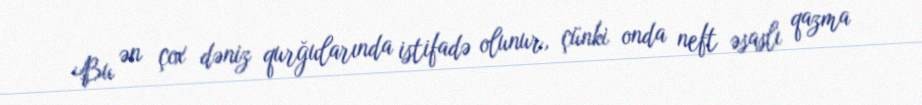
Bu ən çox dəniz qurğularında istifadə olunur, çünki onda neft əsaslı qazma